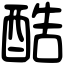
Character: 酷